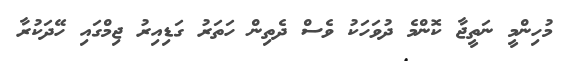
މުހިންމީ ނަތީޖާ ކޮންމެ ދުވަހަކު ވެސް ދެތިން ހަތަރު ގަޑިއިރު ޖިމްގައި ހޭދަކުރާ